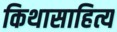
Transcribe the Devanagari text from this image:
किथासाहित्य